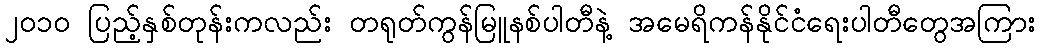
၂၀၁၀ ပြည့်နှစ်တုန်းကလည်း တရုတ်ကွန်မြူနစ်ပါတီနဲ့ အမေရိကန်နိုင်ငံရေးပါတီတွေအကြား